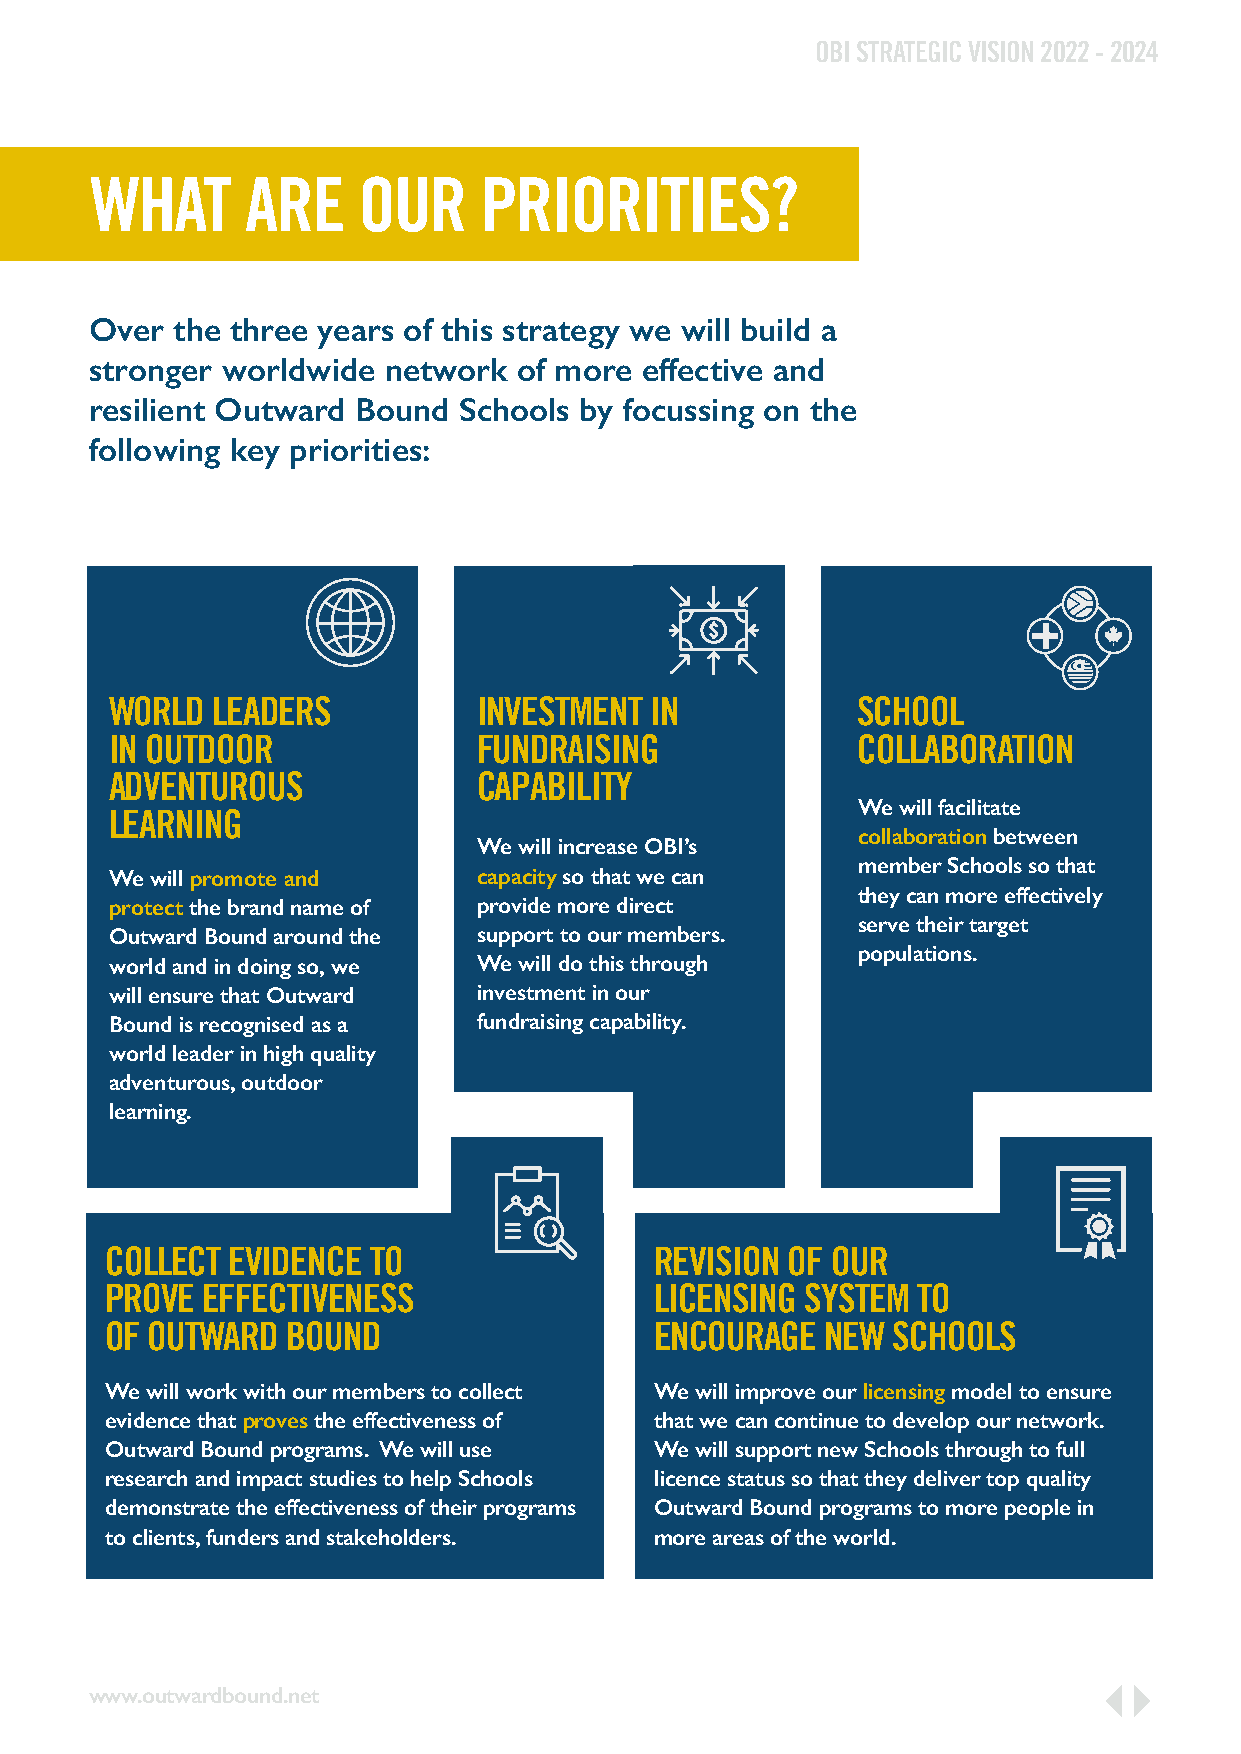
OBI STRATEGIC VISION 2022 - 2024
 WHAT      ARE     OUR     PRIORITIES?
 Over the three years of this strategy we will build a
 stronger worldwide network  of more effective and
 resilient Outward Bound Schools by focussing on the
 following key priorities:
 WORLD  LEADERS           INVESTMENT IN            SCHOOL
 IN OUTDOOR               FUNDRAISING              COLLABORATION
 ADVENTUROUS              CAPABILITY
 We will facilitate
 LEARNING
 collaboration between
 We will increase OBI’s
 member Schools so that
 We will promote and      capacity so that we can
 they can more effectively
 protect the brand name of provide more direct
 serve their target
 Outward Bound around the support to our members.
 populations.
 world and in doing so, we We will do this through
 will ensure that Outward investment in our
 Bound is recognised as a fundraising capability.
 world leader in high quality
 adventurous, outdoor
 learning.
 COLLECT EVIDENCE TO                 REVISION OF OUR
 PROVE EFFECTIVENESS                 LICENSING SYSTEM  TO
 OF OUTWARD  BOUND                   ENCOURAGE   NEW SCHOOLS
 We will work with our members to collect We will improve our licensing model to ensure
 evidence that proves the effectiveness of that we can continue to develop our network.
 Outward Bound programs. We will use We will support new Schools through to full
 research and impact studies to help Schools licence status so that they deliver top quality
 demonstrate the effectiveness of their programs Outward Bound programs to more people in
 to clients, funders and stakeholders. more areas of the world.
 www.outwardbound.net